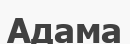
Адама